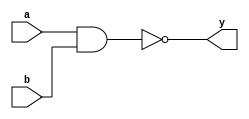
`timescale 1ns / 1ps
//////////////////////////////////////////////////////////////////////////////////
// Company: 
// Engineer: 
// 
// Design Name: 
// Module Name: nand2
// Project Name: 
// Target Devices: 
// Tool Versions: 
// Description: 
// 
// Dependencies: 
// 
// Revision:
// Revision 0.01 - File Created
// Additional Comments:
// 
//////////////////////////////////////////////////////////////////////////////////


module nand2(
    input a,
    input b,
    output y
    );
    assign y = ~(a&b);
endmodule